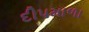
દીપમાળા